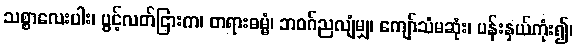
သစ္စာလေးပါး၊ ပွင့်လတ်ငြားက၊ တရားဓမ္မံ၊ ဘဝဂ်ညလျံမျှ၊ ကျော်သံမဆုံး၊ ပန်းနှယ်ကုံး၍၊